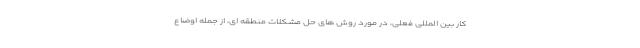
کار بین المللی فعلی، در مورد روش های حل مشکلات منطقه ای، از جمله اوضاع